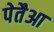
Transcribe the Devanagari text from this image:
पेतैआ